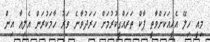
މިއީ ހިލޭ އެހީއަކަށްވާތީ ޕާކް ތަރައްގީކުރުމަށް ހަރަދުވާނެ ވަރު ހާމަކުރަން އެލިއާ އިން